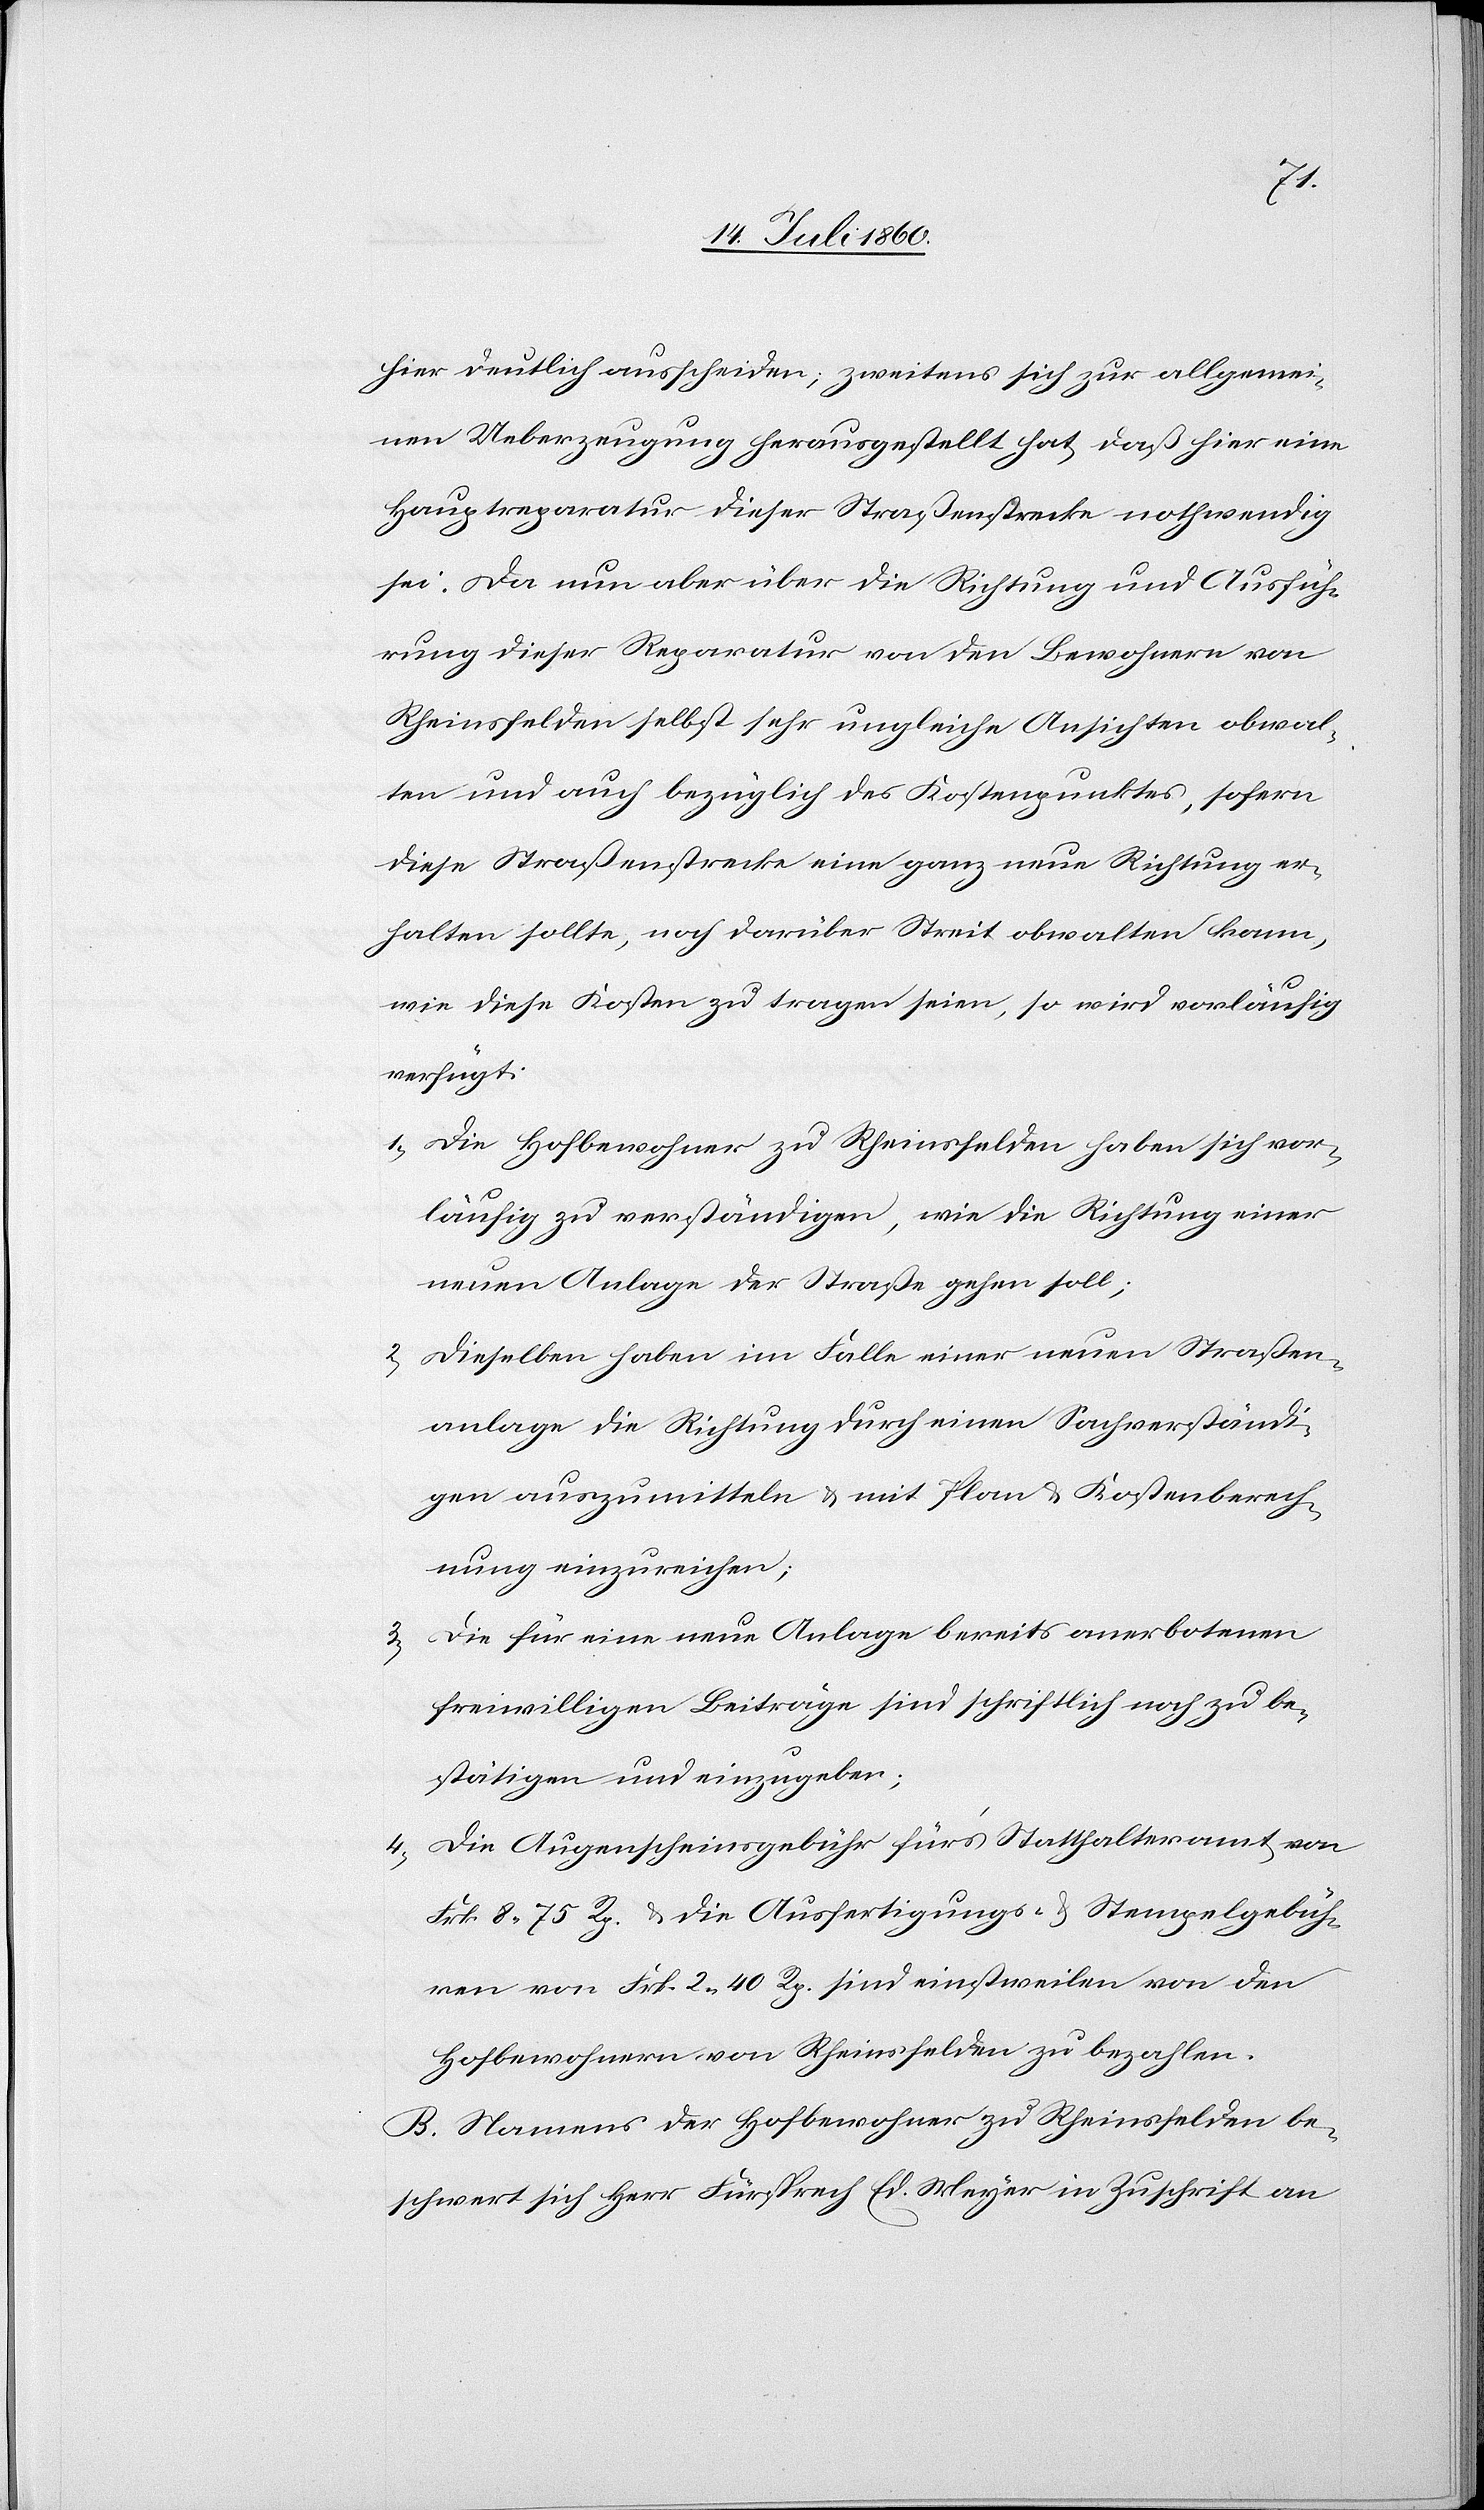
hier deutlich ausscheiden; zweitens sich zur allgemei¬
nen Ueberzeugung herausgestellt hat, daß hier eine
Hauptreparatur dieser Straßenstrecke nothwendig
sei. Da nun aber über die Richtung und Ausfüh¬
rung dieser Reparatur von den Bewohnern von
Rheinsfelden selbst sehr ungleiche Ansichten obwal¬
ten und auch bezüglich des Kostenpunktes, sofern
diese Straßenstrecke eine ganz neue Richtung er¬
halten sollte, noch darüber Streit obwalten kann,
wie diese Kosten zu tragen seien, so wird vorläufig
verfügt:
1) Die Hofbewohner zu Rheinsfelden haben sich vor¬
läufig zu verständigen, wie die Richtung einer
neuen Anlage der Straße gehen soll;
2) Dieselben haben im Falle einer neuen Straßen¬
anlage die Richtung durch einen Sachverständi¬
gen auszumitteln & mit Plan & Kostenberech¬
nung einzureichen;
3) Die für eine neue Anlage bereits anerbotenen
freiwilligen Beiträge sind schriftlich noch zu be¬
stätigen und einzugeben;
4) Die Augenscheinsgebühr für‘s Statthalteramt von
Frk. 8. 75 Rp. & die Ausfertigungs- & Stempelgebüh¬
ren von Frk. 2. 40 Rp. sind einstweilen von den
Hofbewohnern von Rheinsfelden zu bezahlen.
B. Namens der Hofbewohner zu Rheinsfelden be¬
schwert sich Herr Fürsprech Ed. Meyer in Zuschrift an